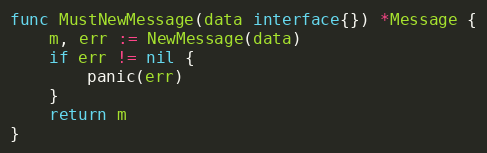
Language: Go
func MustNewMessage(data interface{}) *Message {
	m, err := NewMessage(data)
	if err != nil {
		panic(err)
	}
	return m
}